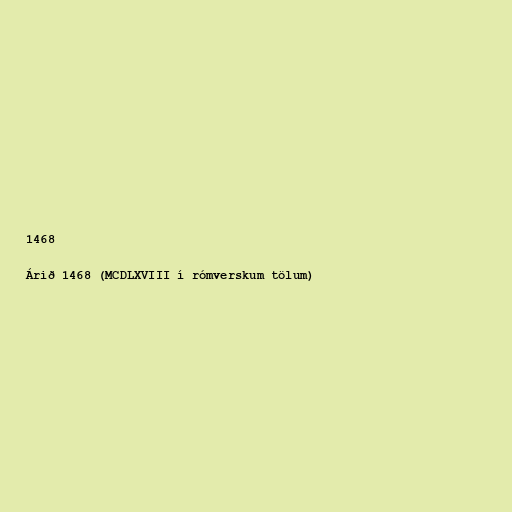
1468

Árið 1468 (MCDLXVIII í rómverskum tölum)